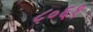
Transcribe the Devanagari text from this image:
८०६१